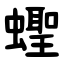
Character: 蟶